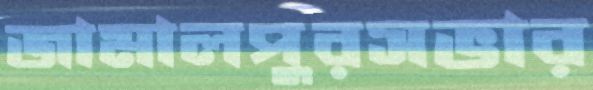
জামালপুরসভার